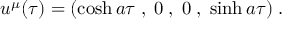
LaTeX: u ^ { \mu } ( \tau ) = ( \cosh a \tau \; , \; 0 \; , \; 0 \; , \; \sinh a \tau ) \; .